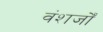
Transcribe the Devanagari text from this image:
वंशजोँ